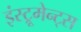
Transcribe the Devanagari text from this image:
इंस्ट्रूमेन्ट्स